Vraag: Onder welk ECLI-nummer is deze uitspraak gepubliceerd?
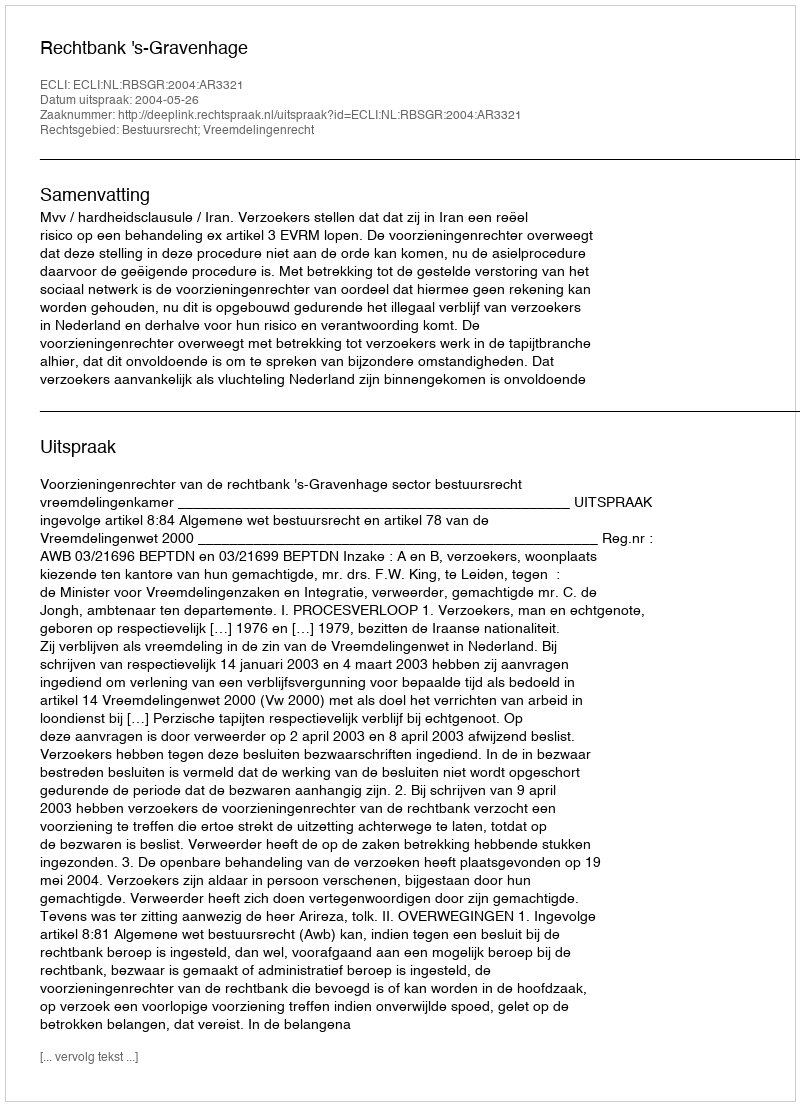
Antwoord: ECLI:NL:RBSGR:2004:AR3321